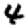
Digit: 4